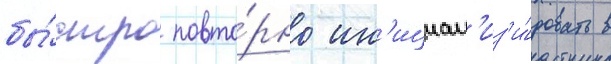
бы́стро повто́рно ин'ициал'из'и́ровать в